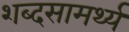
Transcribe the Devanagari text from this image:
शब्दसामर्थ्य